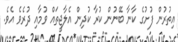
އިތުރުން ފުށުގެ ކާނާ ބޭނުން ކުރާ ކުދިން އެލާޖީތައް ވުމާއި ދުރެވެ އެވެ.